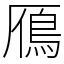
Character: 鴈